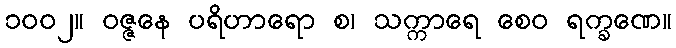
၁၀၀၂။ ဝဇ္ဇနေ ပရိဟာရော စ၊ သက္ကာရေ စေဝ ရက္ခဏေ။